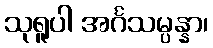
သုရူပါ အင်္ဂသမ္ပန္နာ၊